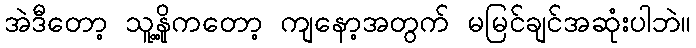
အဲဒီတော့ သူ့နို့ကတော့ ကျနော့အတွက် မမြင်ချင်အဆုံးပါဘဲ။